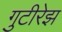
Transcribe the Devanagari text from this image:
गुटीरेझ